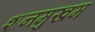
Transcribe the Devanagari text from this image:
शनमुखम